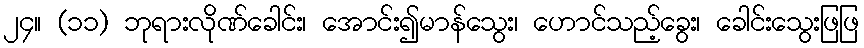
၂၄။ (၁၁) ဘုရားလိုဏ်ခေါင်း၊ အောင်း၍မာန်သွေး၊ ဟောင်သည့်ခွေး၊ ခေါင်းသွေးဖြဖြ